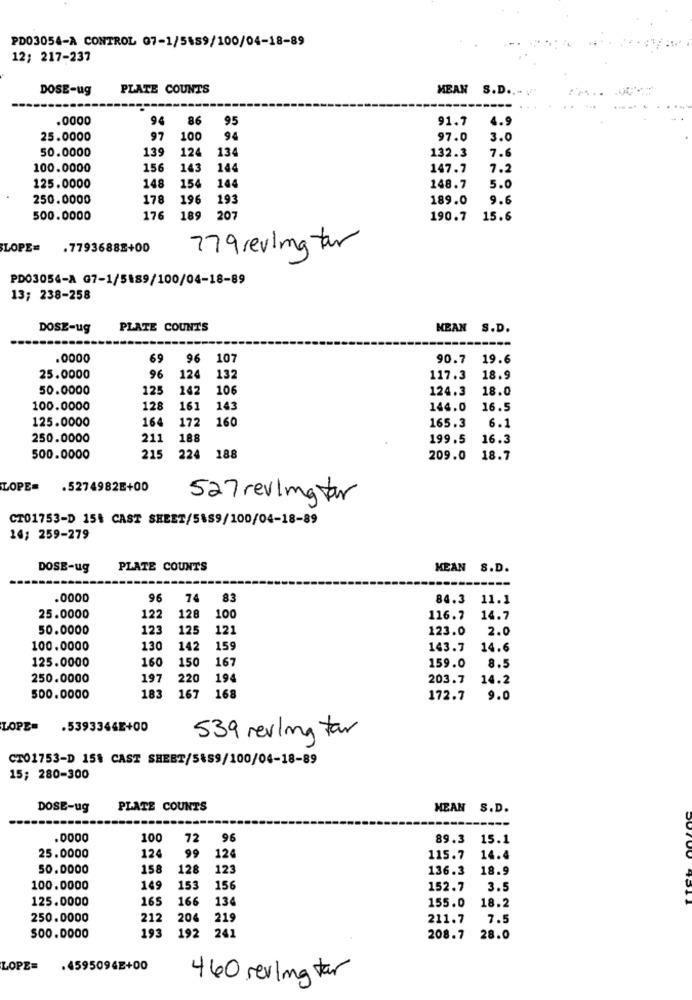
PD03054-A CONTROL 07-1/5489/100/04-18-89
12; 217-237
DOSE-ug
PLATE COUNTS
MEAN S.D .. . V.
.0000
94
86
95
91.7
4.9
25.0000
97
100
94
97.0
3.0
50.0000
139
124
134
7.6
132.3
100.0000
156
143
144
147.7
7.2
148
154
125.0000
144
148.7
5.0
250.0000
178
196
193
189.0
9.6
500.0000
176
189 207
190.7
15.6
LOPE= . 7793688E+00
779reulmatar
PD03054-A G7-1/5189/100/04-18-89
13; 238-258
DOSE-ug
PLATE COUNTS
MEAN S.D.
.0000
69
96 107
90.7
19.6
25.0000
96
124
13
117.3
18.9
50.0000
125
142
106
124.3
18.0
100.0000
128
161
143
144.0
16.5
125.0000
164
172
160
165.3
6.1
250.0000
211
188
199.5
16.3
500.0000
215
224
188
209.0
18.7
LOPE=
.5274982E+00
527 revimatar
CT01753-D 154 CAST SHEET/5&89/100/04-18-89
14; 259-279
DOSE-ug
PLATE COUNTS
MEAN S.D.
.0000
96
74
83
84.3 11.1
25.0000
122
128
100
116.7
14.7
50.0000
123
125
121
123.0
2.0
100.0000
130
142
159
143.7
14.6
125.0000
160
150
167
159.0
8.5
250.0000
197
220
194
203.7
14.2
500.0000
183
167
168
172.7
9.0
LOPE=
.5393346E+00
539 revling tar
CT01753-D 15% CAST SHEET/S&S9/100/04-18-89
15; 280-300
DOSE-ug
PLATE COUNTS
MEAN S.D.
.0000
100
72
96
89.3
15.1
25.0000
124
99
120
115.7
14.4
50.0000
158
128
123
136.3 18.9
100.0000
149
153
156
152.7
3.5
125.0000
165
166
13
155.0
18.2
250.0000
212
204
219
211.7
7.5
192
241
500.0000
193
208.7
28.0
LOPE=
.4595094E+00
460 serling tar